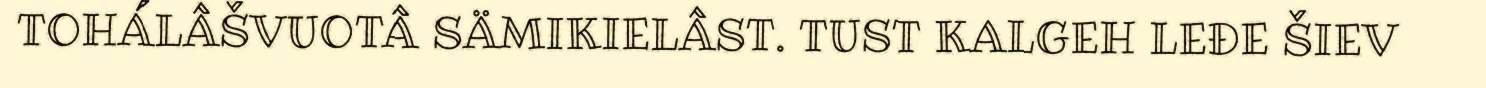
TOHÁLÂŠVUOTÂ SÄMIKIELÂST. TUST KALGEH LEĐE ŠIEV